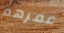
عمرهم